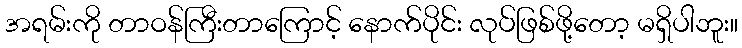
အရမ်းကို တာဝန်ကြီးတာကြောင့် နောက်ပိုင်း လုပ်ဖြစ်ဖို့တော့ မရှိပါဘူး။